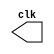
 // ------------------------- 
// Exemplo0042 - Test Clock Generator 
// Nome: Lucas Cardoso 
// ------------------------- 
// ------------------------- 
module clock ( clk ); 

output clk; 
reg clk; 

initial 
begin 
clk = 1'b0; 
end 

always 
begin 
#12 clk = ~clk; 
end 
endmodule 

module pulse ( signal, clock ); 

input clock; 
output signal; 
reg signal; 

always @ ( clock ) 
begin 
signal = 1'b1; 
#3 signal = 1'b0; 
#3 signal = 1'b1; 
#3 signal = 1'b0; 
end 

endmodule // pulse 

module trigger ( signal, on, clock ); 
input on, clock; 
output signal; 
reg signal; 

always @ ( posedge clock & on ) 
begin 
#60 signal = 1'b1; 
#60 signal = 1'b0; 
end 

endmodule // trigger 

module Exemplo0042; 

// ------------------------- definir dados 
wire clock; 
clock clk ( clock ); 
reg p; 
wire p1,t1; 
pulse pulse1 ( p1, clock ); 
trigger trigger1 ( t1, p, clock );

// ------------------------- parte principal 
initial begin 
p = 1'b0; 
end 

initial begin 
$dumpfile ( "Exemplo0042.vcd" ); 
$dumpvars ( 1, clock, p1, p, t1 ); 
#060 p = 1'b1; 
#120 p = 1'b0; 
#180 p = 1'b1; 
#240 p = 1'b0; 
#300 p = 1'b1; 
#360 p = 1'b0; 
#376 $finish; 

end 
endmodule // Exemplo0042